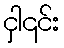
ငှါ၎င်း